Annual administration report of the Civil Veterinary Department, Sind - 1937-1938
Year: 1937
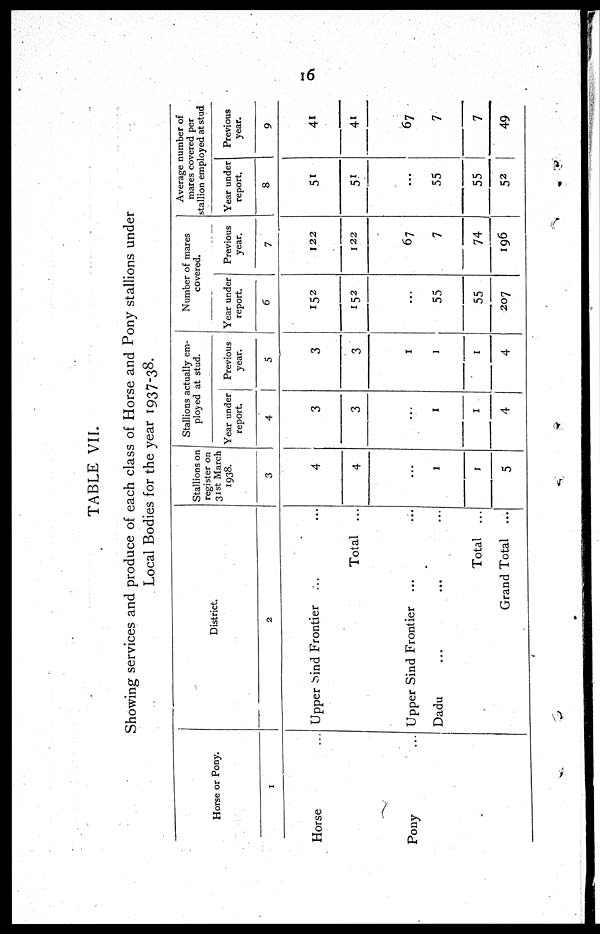
16
TABLE VII.
Showing services and produce of each class of Horse and Pony stallions under
Local Bodies for the year 1937-38.
Horse or Pony.
1
Horse ...
Pony
...
District.
2
Upper bind Frontier
Total ...
Upper Sind Frontier ...
...
Dadu ... ...
Total ...
Grand Total ...
Stallions on
register on
31st March
1938.
3
4
4
...
1
1
5
Stallions actually em-
ployed at stud.
Year under
report.
4
3
3
...
1
1
4
Previous
year.
5
3
3
1
1
1
4
Number of mares
covered.
Year under
report.
6
152
152
...
55
55
207
Previous
year.
7
122
122
67
7
74
196
Average number of
mares covered per
stallion employed at stud
Year under
report.
8
51
51
...
55
55
52
Previous
year.
9
41
41
67
7
7
49